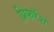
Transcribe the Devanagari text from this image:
प्रिफरेंश